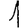
Digit: 1